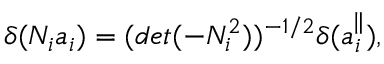
\delta ( N _ { i } a _ { i } ) = ( d e t ( - N _ { i } ^ { 2 } ) ) ^ { - 1 / 2 } \delta ( a _ { i } ^ { \parallel } ) ,